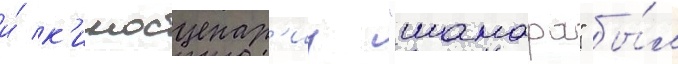
и́ к'иносценар'иу "шамара" бы́л